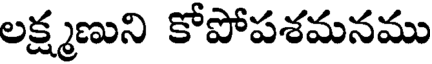
లక్ష్మణుని కోపోపశమనము